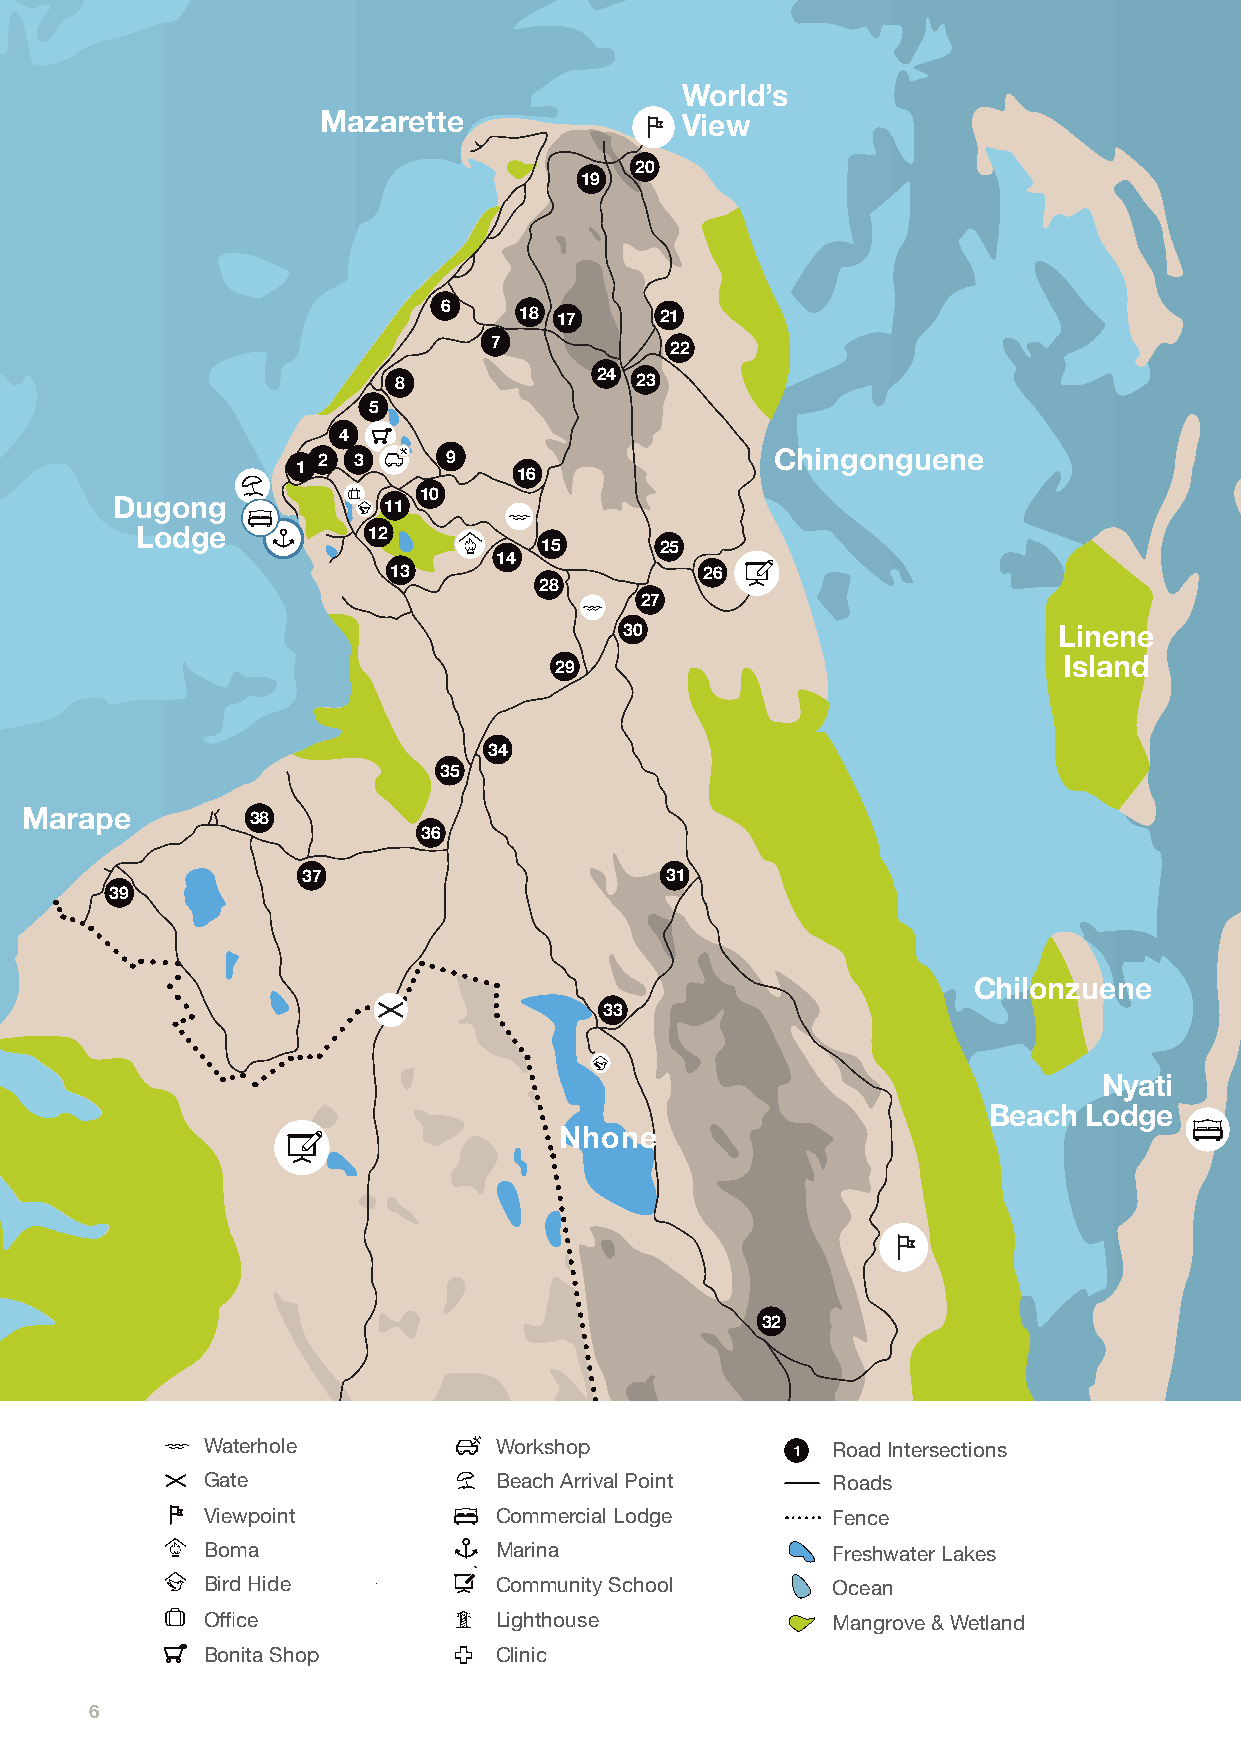
World’s
 Mazarette               View
 20
 19
 6    18 17     21
 7
 22
 8            24 23
 5
 4
 2 3      9                    Chingonguene
 1
 16
 10
 Dugong            11
 Lodge          12
 15      25
 14
 13                   26
 28           293031323334353637 3940
 27
 28
 30                           Linene
 27
 26
 29          25                   Island
 24
 38
 34
 35
 Marape          38
 36
 37                      31
 39
 11
 6
 16
 15
 14
 13                         Chilonzuene
 12
 33
 Dugong
 Lodge
 Msasa
 9
 L1
 Nyati
 7
 5                           Beach  Lodge
 N4 hone
 1
 0
 L2
 181920
 5010
 444546474849            32
 212223
 PR6
 PR5
 PR4
 PR3
 PR2
 PR1
 Waterhole           Workshop           1  Road Intersections
 Gate                Beach Arrival Point   Roads
 Viewpoint           Commercial Lodge      Fence                                         C1
 Boma                Marina                Freshwater Lakes                              C2
 Bird Hide           Community School      Ocean                                         C3
 Office              Lighthouse            Mangrove & Wetland
 Bonita Shop         Clinic
 Nyati
 Beach Lodge
 6
 Manhale
 0km   1km    2km    3km   4km   5km    6km
 0km    1km    2km    3km    4km    5km    6km